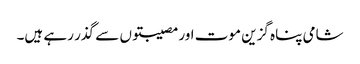
شامی پناہ گزین موت اور مصیبتوں سے گذر رہے ہیں۔